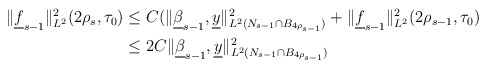
\begin{align*}\begin{aligned}\|\underline{f}_{s-1}\|^2_{L^{2}}(2\rho_s, \tau_0) &\leq C(\|\underline{\beta}_{s-1}, \underline{y}\|^2_{L^{2}(N_{s-1}\cap B_{4\rho_{s-1}})} + \|\underline{f}_{s-1}\|_{L^2}^2(2\rho_{s-1}, \tau_0) \\&\leq 2C\|\underline{\beta}_{s-1}, \underline{y}\|^2_{L^{2}(N_{s-1}\cap B_{4\rho_{s-1}})} \end{aligned}\end{align*}